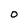
Character: O